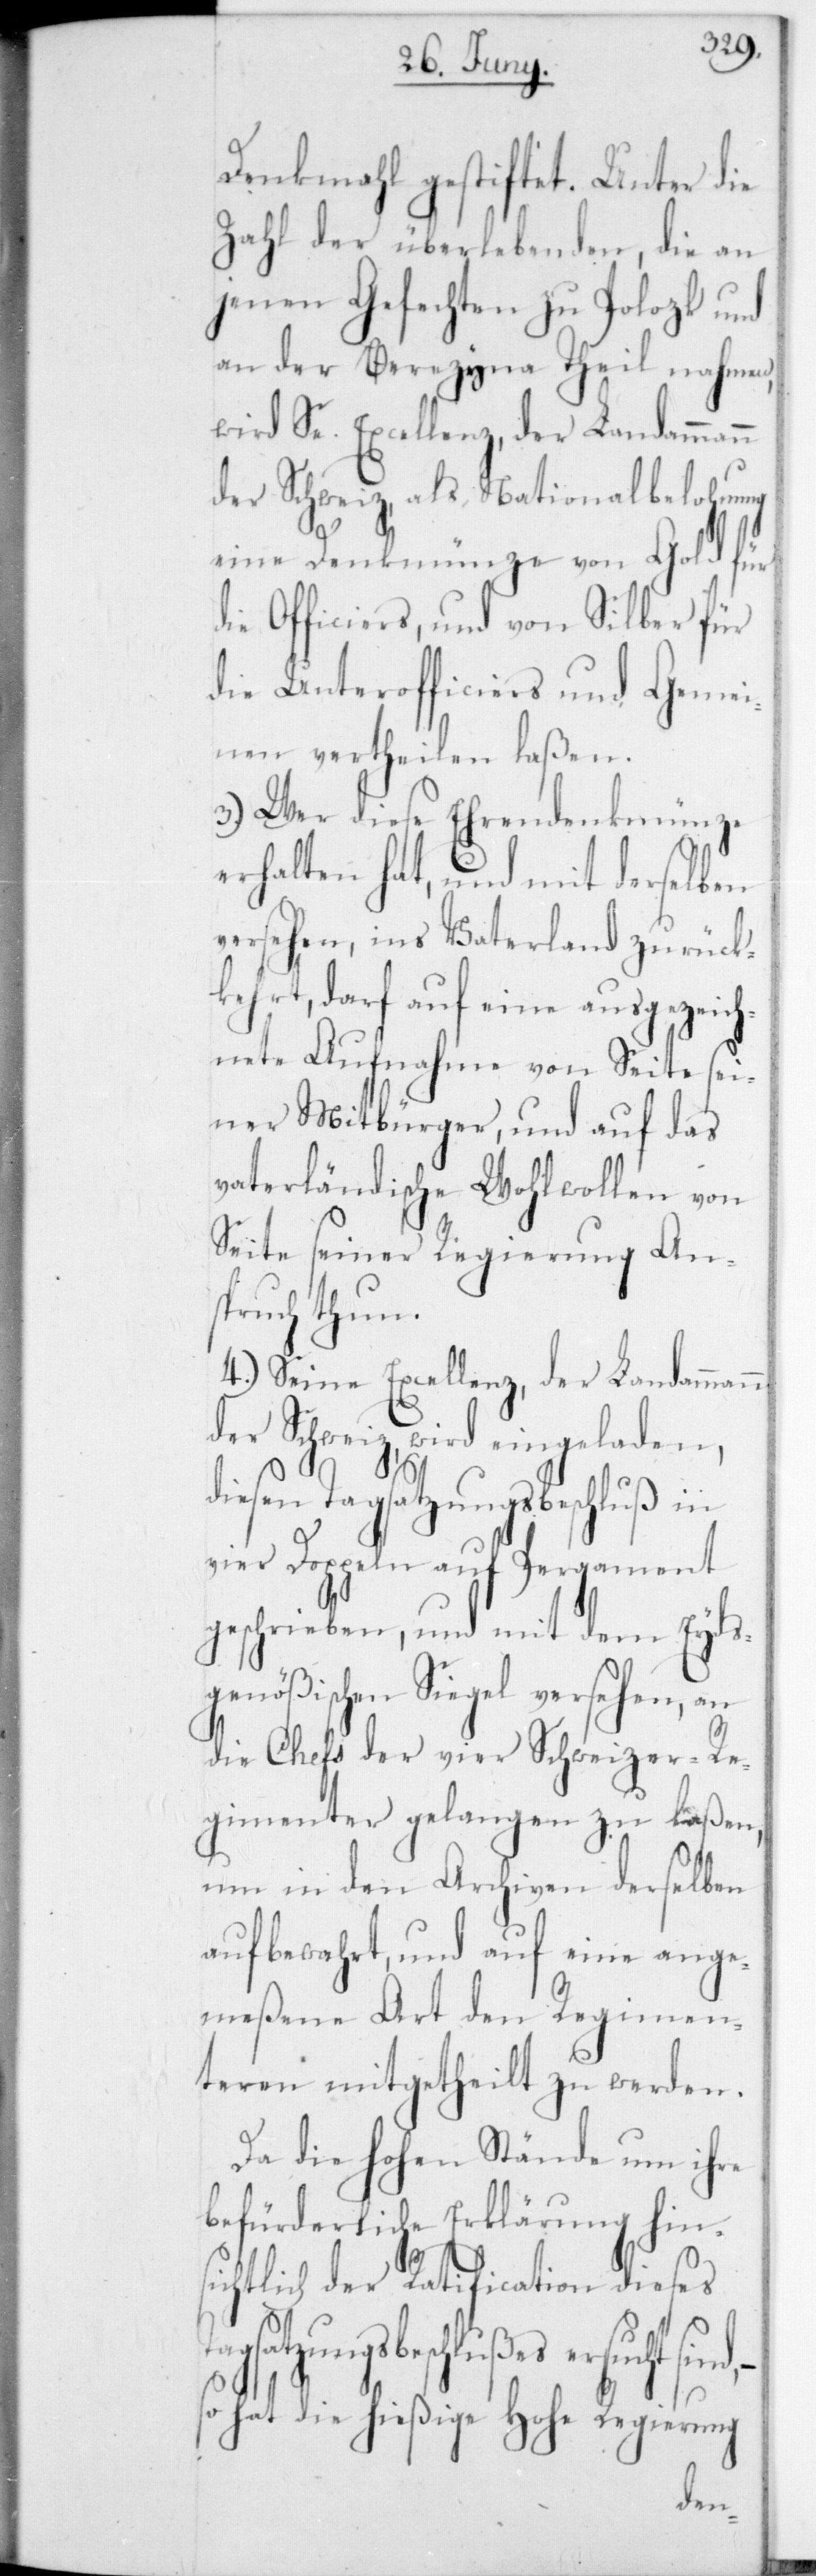
Denkmahl gestiftet. Unter die
Zahl der überlebenden, die an
jenen Gefechten zu Polozk und
an der Berezyna Theil nahmen,
wird Se. Excellenz, der Landammann
der Schweiz, als Nationalbelohnung
eine Denkmünze von Gold für
die Officiers, und von Silber für
die Unterofficiers und Gemei¬
nen vertheilen laßen.
3.) Wer diese Ehrendenkmünze
erhalten hat, und mit derselben
versehen, ins Vaterland zurück¬
kehrt, darf auf eine ausgezeich¬
nete Aufnahme von Seite sei¬
ner Mitbürger, und auf das
vaterländische Wohlwollen von
Seite seiner Regierung An¬
spruch thun.
4.) Seine Excellenz, der Landammann
Schweiz, wird eingeladen,
diesen Tagsatzungsbeschluß in
vier Doppeln auf Pergament
geschrieben, und mit dem Eyds¬
genößischen Siegel versehen, an
die Chefs der vier Schweizer-Re¬
gimenter gelangen zu laßen,
um in den Archiven derselben
aufbewahrt, und auf eine ange¬
meßene Art den Regimen¬
teren mitgetheilt zu werden.
Da die Hohen Stände um ihre
befürderliche Erklärung hins¬
ichtlich der Ratification dieses
ßes ersucht sind, –
so hat die hießige Hohe Regierung
der